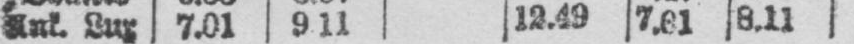
8.11